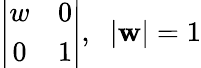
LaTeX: \left|\begin{array}{cc}{{w}}&{{0}}\\ {{0}}&{{1}}\end{array}\right|,\; \; |\mathbf{w}|=1